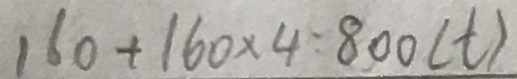
1 6 0 + 1 6 0 \times 4 = 8 0 0 ( t )